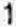
1